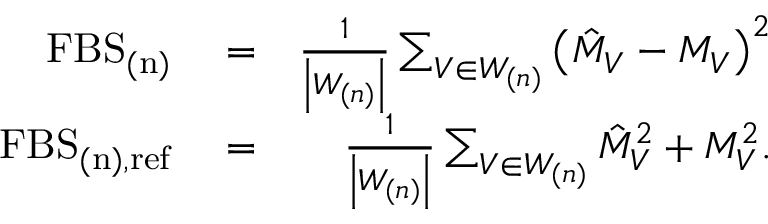
\begin{array} { r l r } { \mathrm { F B S } _ { \mathrm { ( n ) } } } & { { } = } & { \frac { 1 } { \left| W _ { ( n ) } \right| } \sum _ { V \in W _ { ( n ) } } \left( \hat { M } _ { V } - M _ { V } \right) ^ { 2 } } \\ { \mathrm { F B S } _ { \mathrm { ( n ) , r e f } } } & { { } = } & { \frac { 1 } { \left| W _ { ( n ) } \right| } \sum _ { V \in W _ { ( n ) } } \hat { M } _ { V } ^ { 2 } + M _ { V } ^ { 2 } . } \end{array}